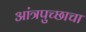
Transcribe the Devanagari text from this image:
आंत्रपुच्छाचा